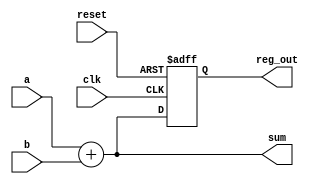
module example_design (
    input wire clk,          // Clock input
    input wire reset,        // Asynchronous reset input
    input wire [3:0] a,     // 4-bit input
    input wire [3:0] b,     // 4-bit input
    output reg [3:0] sum,    // 4-bit output for sum
    output reg [3:0] reg_out // 4-bit output for register
);

// Combinational logic using always @*
always @* begin
    sum = a + b; // Simple addition of two 4-bit inputs
end

// Sequential logic using always @ (posedge clk)
always @ (posedge clk or posedge reset) begin
    if (reset) begin
        reg_out <= 4'b0000; // Reset the register output to 0
    end else begin
        reg_out <= sum; // Store the sum in the register on clock edge
    end
end

endmodule